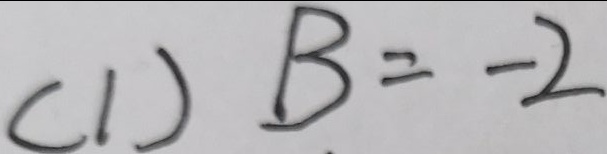
( 1 ) B = - 2